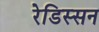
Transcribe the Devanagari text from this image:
रेडिस्सन